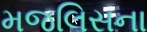
મજલિસના